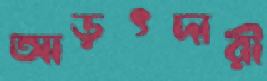
আড়ৎদারী